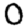
Digit: 0